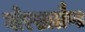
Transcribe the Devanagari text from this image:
गोरखालैण्ड